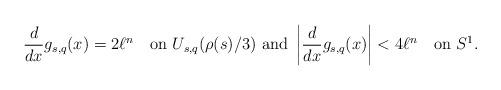
LaTeX: \begin{align*}\frac{d}{dx} g_{s,q}(x)=2\ell^n\quad\mbox{on $U_{s,q}(\rho(s)/3)$ and }\left|\frac{d}{dx} g_{s,q}(x)\right|<4\ell^n \quad\mbox{on $S^1$.}\end{align*}